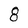
Character: 8